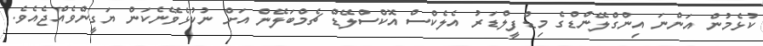
ކުޅެމުން އަންނަ އިންގްލޭންޑްގެ މިޑްފީލްޑަރު އެލެކްސް އޮކްސްލޭޑް ޗެމްބަލޭން އަށް ނުކުޅެވޭނެކަން ޔަގީންވެއްޖެއެވެ.